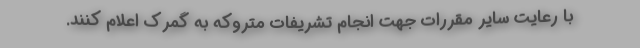
با رعایت سایر مقررات جهت انجام تشریفات متروکه به گمرک اعلام کنند.